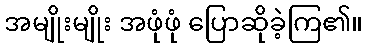
အမျိုးမျိုး အဖုံဖုံ ပြောဆိုခဲ့ကြ၏။